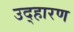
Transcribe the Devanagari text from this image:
उद्हारण